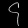
Digit: ၄